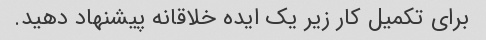
برای تکمیل کار زیر یک ایده خلاقانه پیشنهاد دهید.